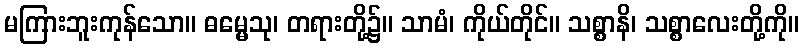
မကြားဘူးကုန်သော။ ဓမ္မေသု၊ တရားတို့၌။ သာမံ၊ ကိုယ်တိုင်။ သစ္စာနိ၊ သစ္စာလေးတို့ကို။